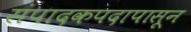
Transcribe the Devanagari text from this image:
संपादकपदापासून